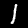
Digit: 1